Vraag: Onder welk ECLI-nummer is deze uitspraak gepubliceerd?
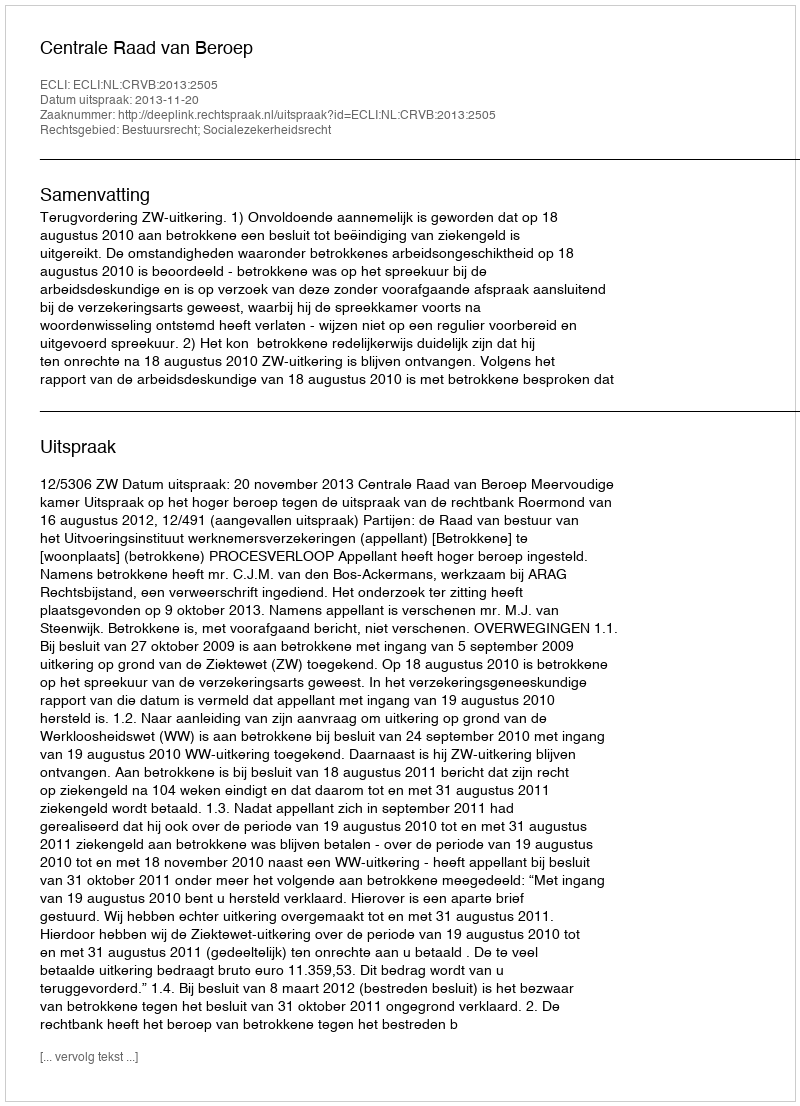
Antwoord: ECLI:NL:CRVB:2013:2505